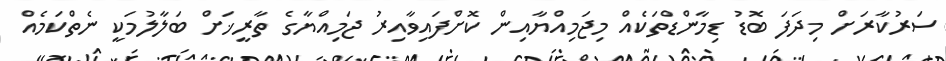
ސަރުކާރަށް މިދަފަ ބޮޑު ޑިމާންޑްތަކެއް މިޖަމިއްޔާއިން ކޮށްފައިވާއިރު ޖަމިއްޔާގެ ތާރީޚަށް ބަލާލުމަކީ ނެތްކަމެއް